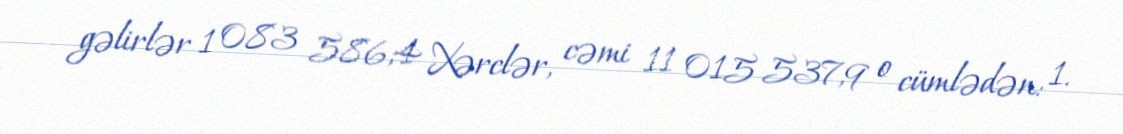
gəlirlər 1 083 586,4 Xərclər, cəmi 11 015 537,9 o cümlədən: 1.